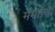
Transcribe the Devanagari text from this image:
ममतेचे